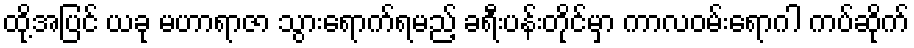
ထို့အပြင် ယခု မဟာရာဇာ သွားရောက်ရမည့် ခရီးပန်းတိုင်မှာ ကာလဝမ်းရောဂါ ကပ်ဆိုက်